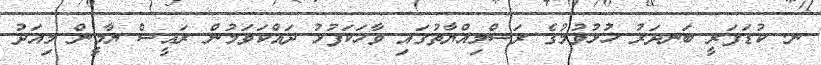
ނ. ކުޑަފަރީ ބަނދަރު ހުޅުވުމުގެ ރަސްމިއްޔާތުގައި ވާހަކަފުޅު ދައްކަވަމުން ރައީސް ޔާމީން މިއަދު